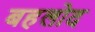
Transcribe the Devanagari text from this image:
बहलोद